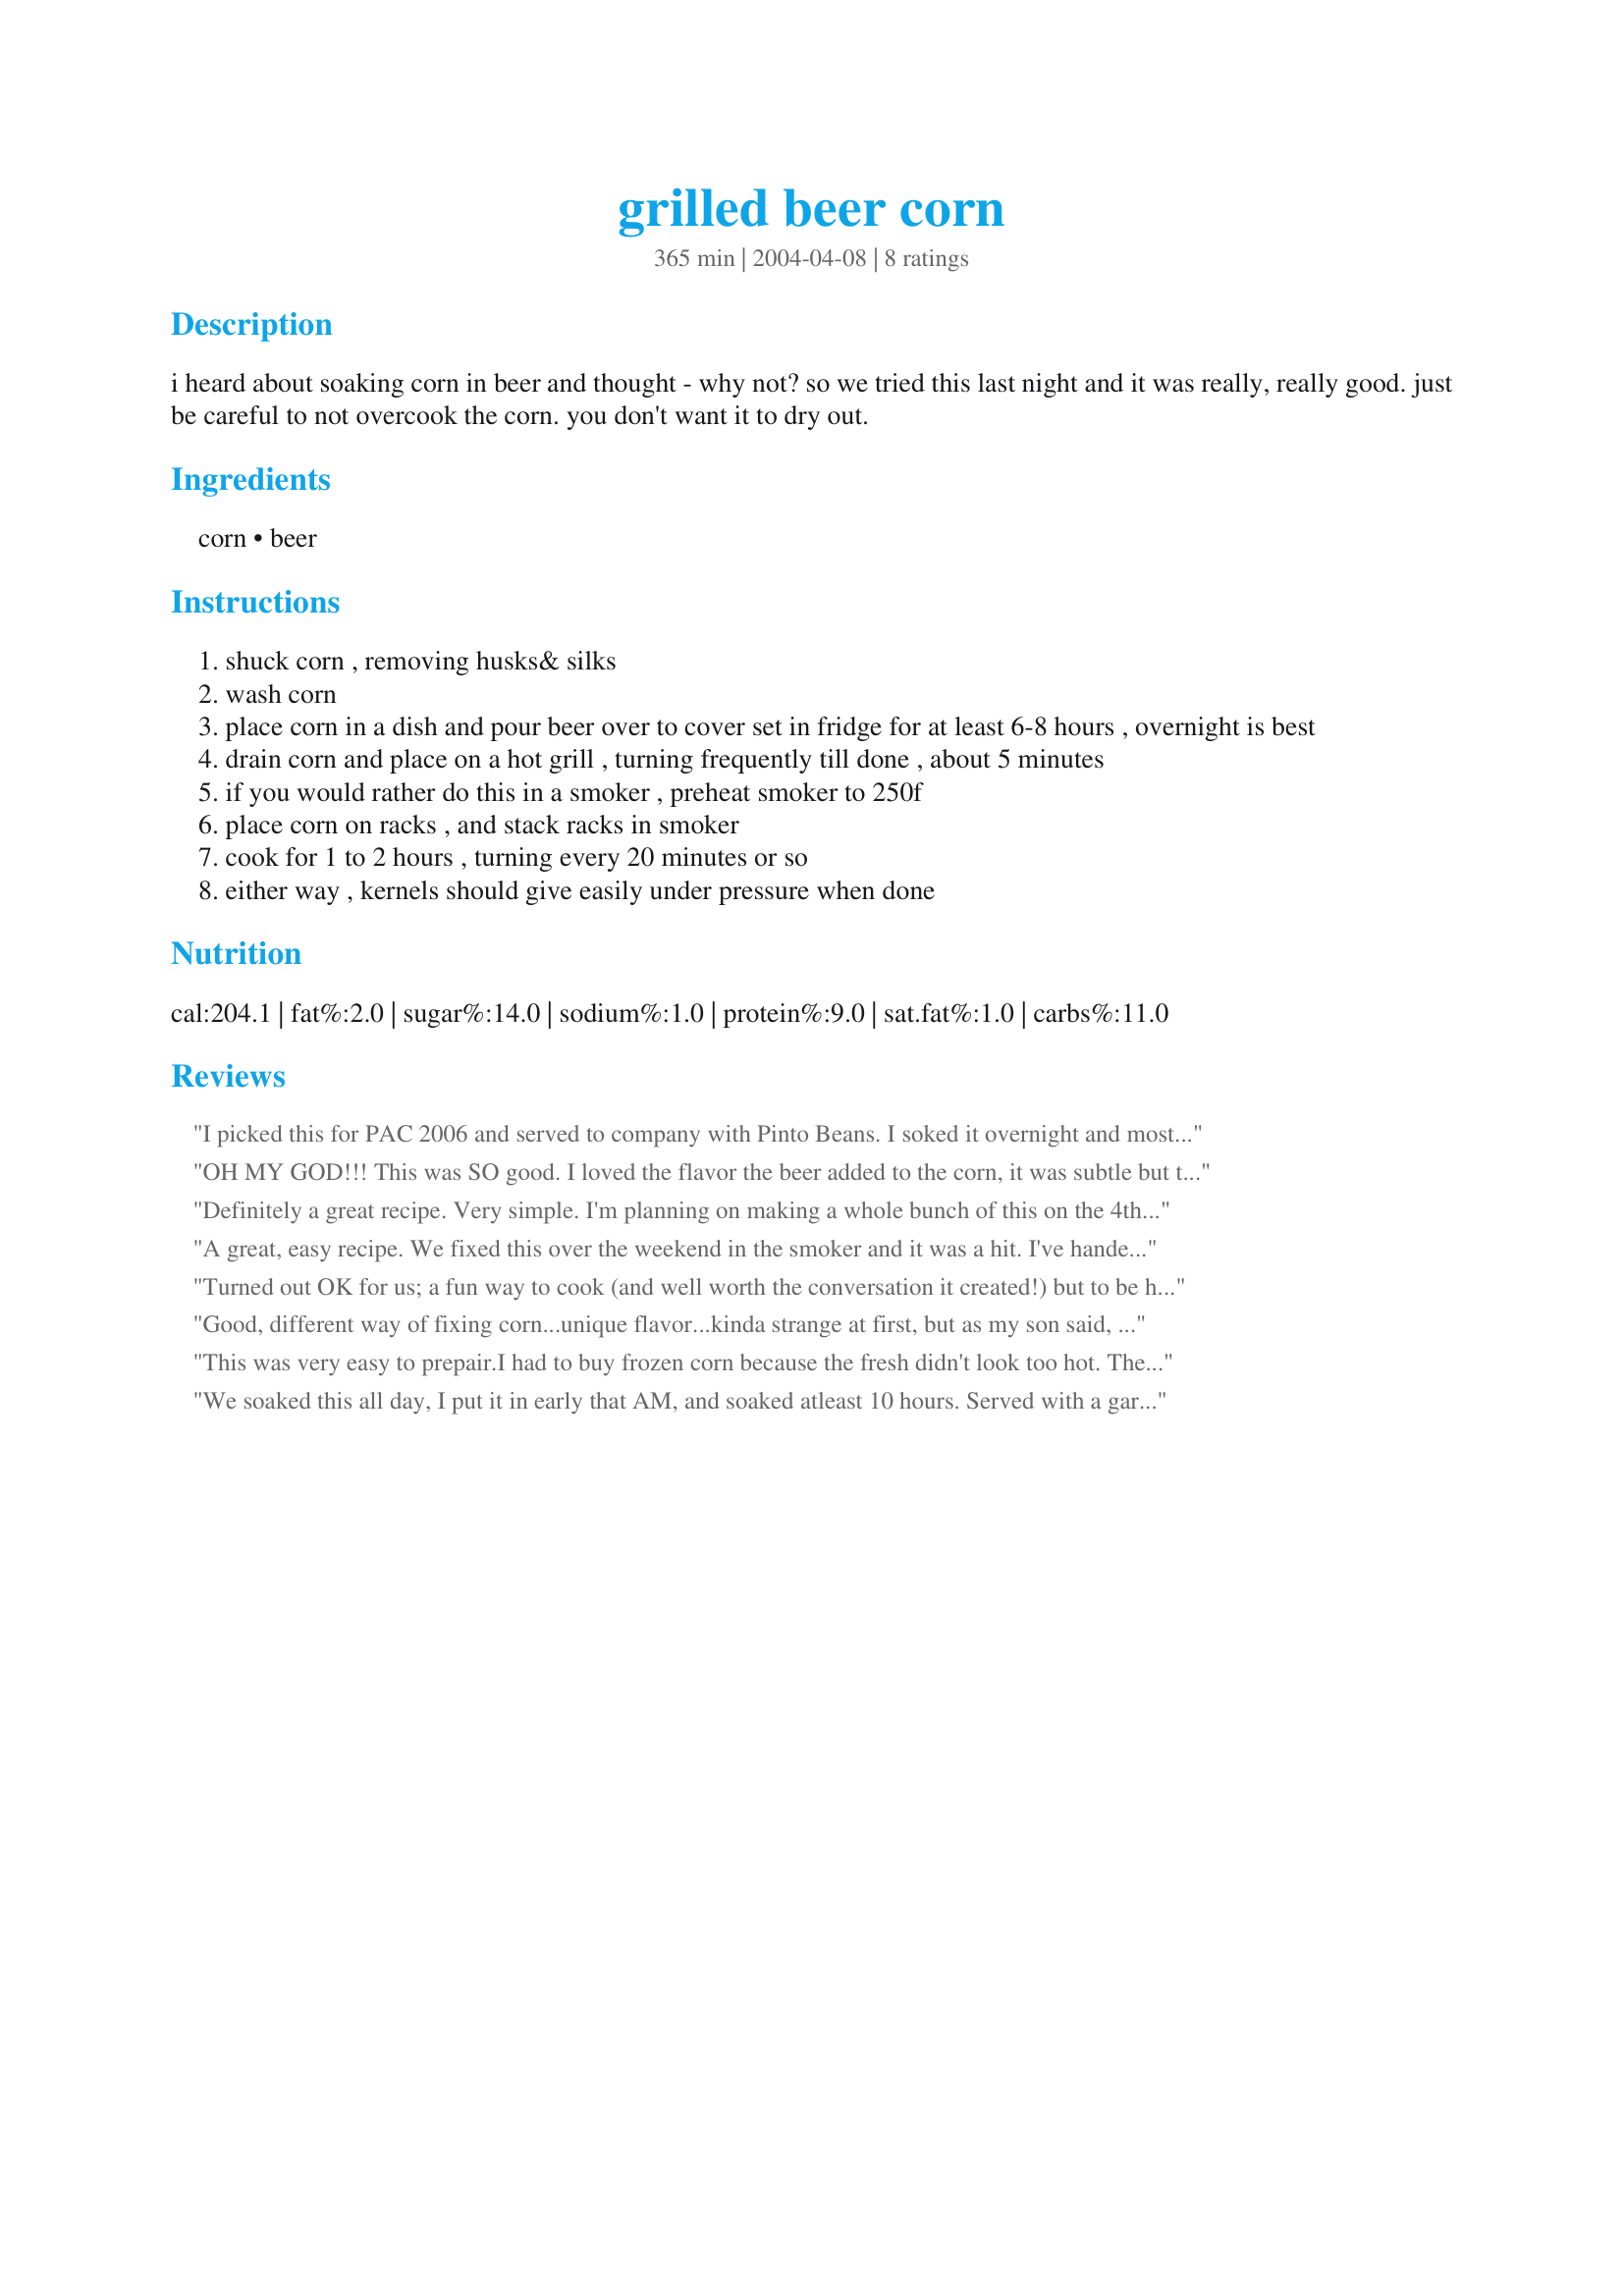
grilled beer corn
Preparation time: 365 minutes

i heard about soaking corn in beer and thought - why not? so we tried this last night and it was really, really good. just be careful to not overcook the corn. you don't want it to dry out.

Ingredients:
corn, beer

Steps:
shuck corn , removing husks& silks
wash corn
place corn in a dish and pour beer over to cover set in fridge for at least 6-8 hours , overnight is best
drain corn and place on a hot grill , turning frequently till done , about 5 minutes
if you would rather do this in a smoker , preheat smoker to 250f
place corn on racks , and stack racks in smoker
cook for 1 to 2 hours , turning every 20 minutes or so
either way , kernels should give easily under pressure when done

Reviews:
I picked this for PAC 2006 and served to company with Pinto Beans. I soked it overnight and most of the next day. Cooked it on medium over the grill, turning frequently, for about 10 minutes. Everyone loved it, especially the beer drinkers LOL They tend to want to soad everything in beer. The corn was very juicy. Served with melted butter, salt and pepper.
OH MY GOD!!! This was SO good. I loved the flavor the beer added to the corn, it was subtle but there all the same. And then grilling the corn on the grill added the bit of carmelization to it. Perfectrion on the cob is all I can say! And i must concur on the overnigth marinating. I simply flipped the bag over on my way to work and it did all the work for me. We served it with stuffed peppers and it was the perfect side dish.
Definitely a great recipe. Very simple. I'm planning on making a whole bunch of this on the 4th of July. Thanks.
A great, easy recipe. We fixed this over the weekend in the smoker and it was a hit. I've handed out the recipe to a few and have had additional requests to make this for our 4th of July party.
Turned out OK for us; a fun way to cook (and well worth the conversation it created!) but to be honest I didn't prefer this to plain-old corn grilled in the husk.
Good, different way of fixing corn...unique flavor...kinda strange at first, but as my son said, it's an acquired taste. We also added butter and salt and pepper. Will be making again for summer cookouts. Thanx for posting.
This was very easy to prepair.I had to buy frozen corn because the fresh didn't look too hot. The taste was different. I soaked it overnight in a ziplock bag and cooked it this afternoon. Thanks!
We soaked this all day, I put it in early that AM, and soaked atleast 10 hours. Served with a garlic butter and everyone raved. I'm just sorry it took me so long to try this one! I will definately make this one again.
